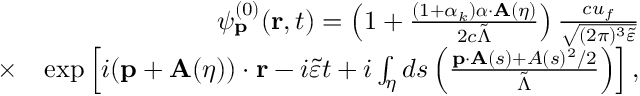
\begin{array} { r l r } & { } & { \psi _ { \mathbf { p } } ^ { ( 0 ) } ( \mathbf { r } , t ) = \left( 1 + \frac { ( 1 + \alpha _ { k } ) { \boldsymbol \alpha } \cdot \mathbf { A } ( \eta ) } { 2 c \tilde { \Lambda } } \right) \frac { c u _ { f } } { \sqrt { ( 2 \pi ) ^ { 3 } \tilde { \varepsilon } } } } \\ & { \times } & { \exp \left[ i ( \mathbf { p } + \mathbf { A } ( \eta ) ) \cdot \mathbf { r } - i \tilde { \varepsilon } t + i \int _ { \eta } d s \left( \frac { \mathbf { p } \cdot \mathbf { A } ( s ) + A ( s ) ^ { 2 } / 2 } { \tilde { \Lambda } } \right) \right] , } \end{array}